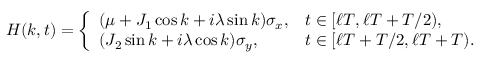
H ( k , t ) = \left\{ \begin{array} { l l } { ( \mu + J _ { 1 } \cos k + i \lambda \sin k ) \sigma _ { x } , } & { t \in [ \ell T , \ell T + T / 2 ) , } \\ { ( J _ { 2 } \sin k + i \lambda \cos k ) \sigma _ { y } , } & { t \in [ \ell T + T / 2 , \ell T + T ) . } \end{array} \right.